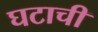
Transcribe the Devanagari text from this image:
घटाची